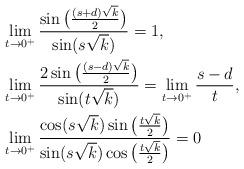
LaTeX: \begin{align*} & \lim_{t\to 0^+} \frac{\sin\big(\frac{(s+d)\sqrt{k}}{2} \big)}{\sin(s\sqrt{k})} = 1 , \\ & \lim_{t\to 0^+} \frac{2\sin\big(\frac{(s-d)\sqrt{k}}{2}\big)}{\sin(t\sqrt{k})} = \lim_{t\to 0^+} \frac{s-d}{t} , \\ & \lim_{t\to 0^+} \frac{\cos(s\sqrt{k})\sin\big( \frac{t\sqrt{k}}{2} \big)}{\sin(s\sqrt{k})\cos\big( \frac{t\sqrt{k}}{2} \big)} = 0\end{align*}